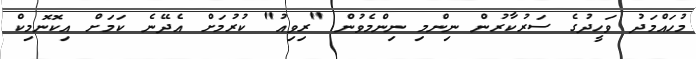
މުހައްމަދު ވަހީދުގެ ސަރުކާރުން ނިންމި ނިންމެވުން "ރިވިއު" ކުރުމަށް އެދޭނެ ކަމަށް އިކޮނޮމިކް